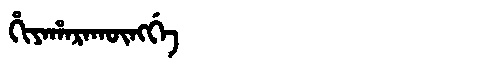
Manchu: ᡥᡳᠶᠠᡥᠠᡵᠠᡴᡡᠩᡤᡝ
Romanization: HIYAHARAKŪNGGE